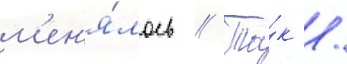
м'ен'я́лось // Та́к /